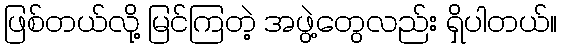
ဖြစ်တယ်လို့ မြင်ကြတဲ့ အဖွဲ့တွေလည်း ရှိပါတယ်။